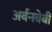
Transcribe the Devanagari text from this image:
अर्बनबेबी